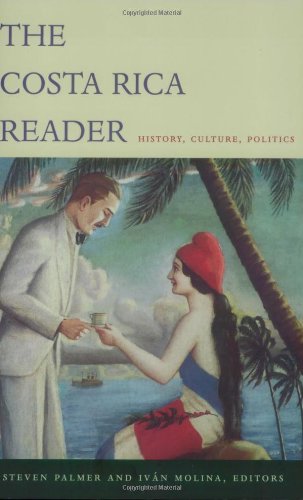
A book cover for The Costa Rica Reader: History, Culture, Politics (The Latin America Readers); History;